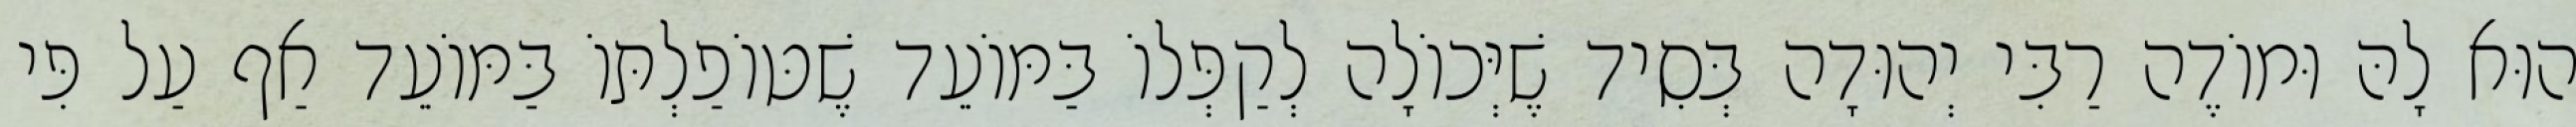
הוּא לָהּ וּמוֹדֶה רַבִּי יְהוּדָה בְּסִיד שֶׁיְּכוֹלָה לְקַפְּלוֹ בַּמּוֹעֵד שֶׁטּוֹפַלְתּוֹ בַּמּוֹעֵד אַף עַל פִּי